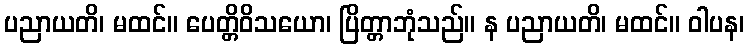
ပညာယတိ၊ မထင်။ ပေတ္တိဝိသယော၊ ပြိတ္တာဘုံသည်။ န ပညာယတိ၊ မထင်။ ဝါပန၊